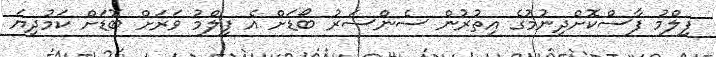
ފިލްމު ފާސްކޮށްދިނުމުގެ އިތުރުން ސެންސަރު ބޯޑަށް އެ ފިލްމު ވަރަށް ބޮޑަށް ކަމުދިޔަ